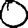
Digit: 0